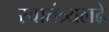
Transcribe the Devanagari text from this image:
स्वातंत्र्यलढे